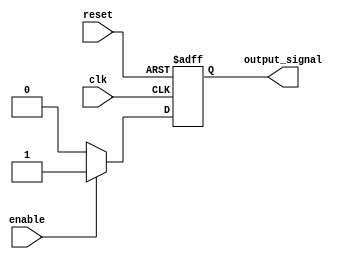
module DisableBlock (
    input wire clk,               // Clock signal
    input wire reset,             // Reset signal
    input wire enable,            // Control signal to enable/disable the block
    output reg output_signal      // Output signal of the block
);

// Internal state to track if the block is enabled or disabled
reg is_enabled;

// Always block to manage state based on control signals
always @(posedge clk or posedge reset) begin
    if (reset) begin
        is_enabled <= 1'b1;       // Reset to enabled state
        output_signal <= 1'b0;    // Clear output on reset
    end else if (enable) begin
        is_enabled <= 1'b1;       // Enable the block
        output_signal <= 1'b1;    // Output can be asserted (example behavior)
    end else begin
        is_enabled <= 1'b0;       // Disable the block
        output_signal <= 1'b0;    // Clear output when disabled
    end
end

endmodule